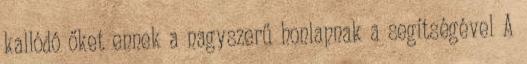
kallódó őket ennek a nagyszerű honlapnak a segítségével A